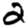
Digit: 2